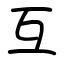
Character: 互